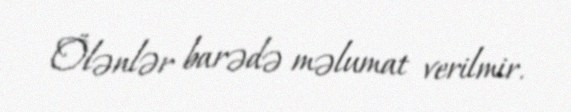
Ölənlər barədə məlumat verilmir.